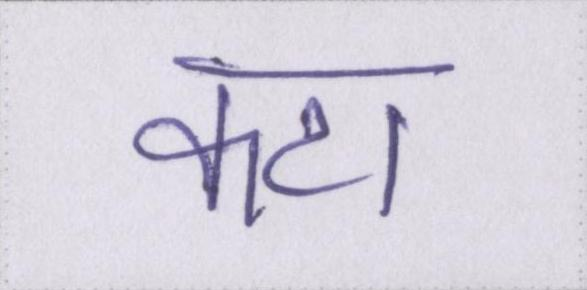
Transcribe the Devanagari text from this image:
कटा